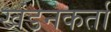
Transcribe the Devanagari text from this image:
खंडनकर्ता